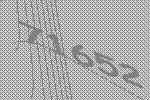
71652